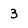
Character: 3